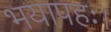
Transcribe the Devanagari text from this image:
भयापहः।